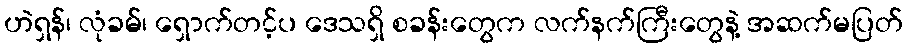
ဟဲရှန်၊ လုံခမ်၊ ရှောက်တင့်ပ ဒေသရှိ စခန်းတွေက လက်နက်ကြီးတွေနဲ့ အဆက်မပြတ်